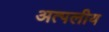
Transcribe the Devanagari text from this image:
अत्पलीय